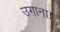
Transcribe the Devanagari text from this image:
उगाना।